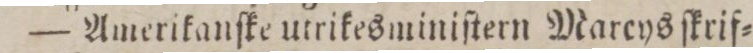
— Amerikanſke utrikesminiſtern Marcysſkrif=